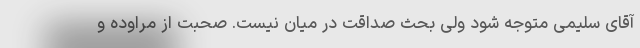
آقای سلیمی متوجه شود ولی بحث صداقت در میان نیست. صحبت از مراوده و